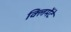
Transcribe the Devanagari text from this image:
क्लिमेंटे